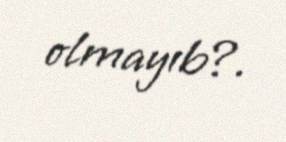
olmayıb?.